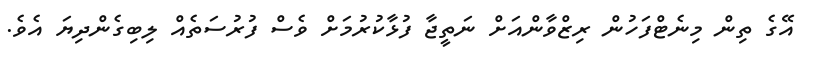
އޭގެ ތިން މިނެޓްފަހުން ރިޒްވާންއަށް ނަތީޖާ ފުޅާކުރުމަށް ވެސް ފުރުސަތެއް ލިބިގެންދިޔަ އެވެ.